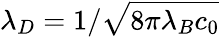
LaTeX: \lambda_{D}=1/\sqrt{8\pi\lambda_{B}c_{0}}